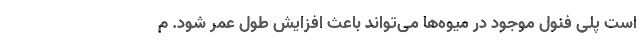
است پلی فنول موجود در میوه‌ها می‌تواند باعث افزایش طول عمر شود. م